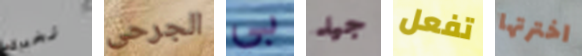
نخبرك الجرحى بي جيد تفعل اخترتها